Malaria in the Punjab - Number 46
Disease focus: Malaria
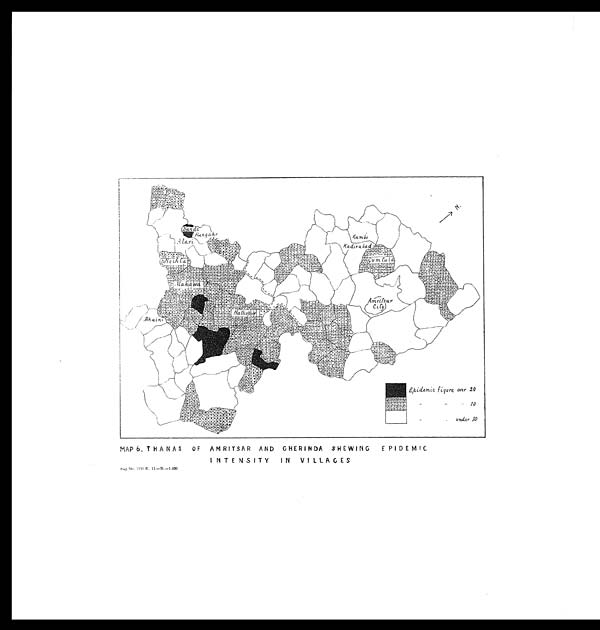
MAP 6. THANAS OF AMRITSAR AND GHERINDA SHEWING EPIDEMIC
INTENSITY IN VILLAGES
Reg. No. 3122 E.. 11.—H.—1,050